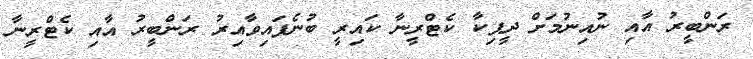
ރަންބީރު އާއި ނުއިނުމަށް ދީޕިކާ ކެޓްރީނާ ކައިރީ ބުނެފައިވާއިރު ރަންބީރު އާއި ކެޓްރީނާ